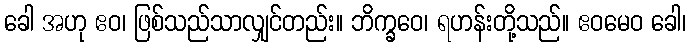
ခေါ အဟု ဧဝ၊ ဖြစ်သည်သာလျှင်တည်း။ ဘိက္ခဝေ၊ ရဟန်းတို့သည်။ ဧဝမေဝ ခေါ၊